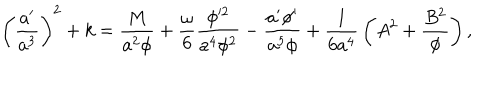
LaTeX: \left( { \frac { a ^ { \prime } } { a ^ { 3 } } } \right) ^ { 2 } + k = { \frac { M } { a ^ { 2 } \phi } } + { \frac { \omega } { 6 } } { \frac { \phi ^ { 2 } } { a ^ { 4 } \phi ^ { 2 } } } - { \frac { a ^ { \prime } \phi ^ { \prime } } { a ^ { 5 } \phi } } + { \frac { 1 } { 6 a ^ { 4 } } } \left( A ^ { 2 } + { \frac { B ^ { 2 } } { \phi } } \right) ,